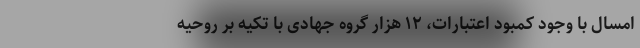
امسال با وجود کمبود اعتبارات، ۱۲ هزار گروه جهادی با تکیه بر روحیه